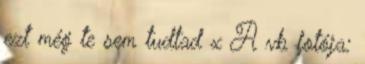
ezt még te sem tudtad x A vb fotója: